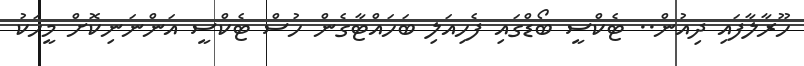
ހޫރާލާފައި ދިއުން.. ޓެކްސީ ބޯޑްގައި ފެހިއަލި ބަހައްޓާގެން ހުސް ޓެކްސީ އަންނަނިކޮށް މީހަކު